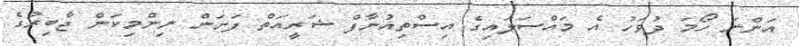
އަންނަ ހޯމަ ދުވަހު އެ މައްސަލައިގެ އިސްތިއުނާފް ޝަރީއަތް ފަށަން ނިންމިކަން ޖާބިރުގެ